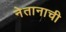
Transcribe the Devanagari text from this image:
नेतानाची